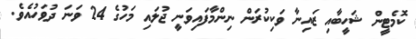
ކޮމެޓީން ޝަހީބާއި ޒައިނާ ވަކިކުރަން ނިންމާފައިވަނީ ޖުލައި މަހުގެ 24 ވަނަ ދުވަހުއެވެ.